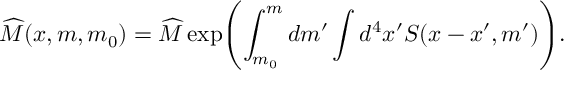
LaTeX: \widehat { { \cal M } } ( x , m , m _ { 0 } ) = \widehat { M } \exp \Biggl ( \int _ { m _ { 0 } } ^ { m } d m ^ { \prime } \int d ^ { 4 } x ^ { \prime } S ( x - x ^ { \prime } , m ^ { \prime } ) \Biggr ) .